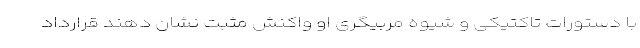
با دستورات تاکتیکی و شیوه مربیگری او واکنش مثبت نشان دهند قرارداد